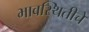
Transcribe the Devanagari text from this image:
भावस्थितीचे